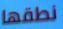
نطقها